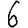
Digit: 6